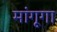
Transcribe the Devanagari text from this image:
मांगूगा